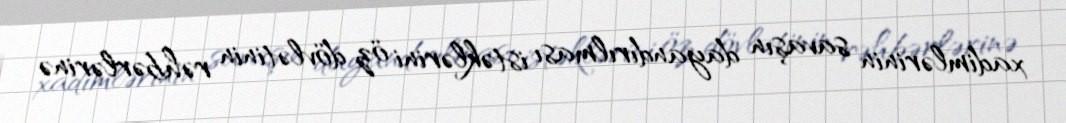
xadimlərinin savaşın dayandırılması istəklərini öz dövlətinin rəhbərlərinə